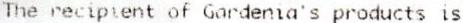
THE RECIPIENT OF GARDENIA'S PRODUCTS IS